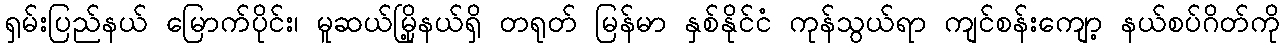
ရှမ်းပြည်နယ် မြောက်ပိုင်း၊ မူဆယ်မြို့နယ်ရှိ တရုတ် မြန်မာ နှစ်နိုင်ငံ ကုန်သွယ်ရာ ကျင်စန်းကျော့ နယ်စပ်ဂိတ်ကို